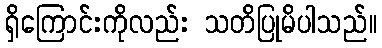
ရှိကြောင်းကိုလည်း သတိပြုမိပါသည်။